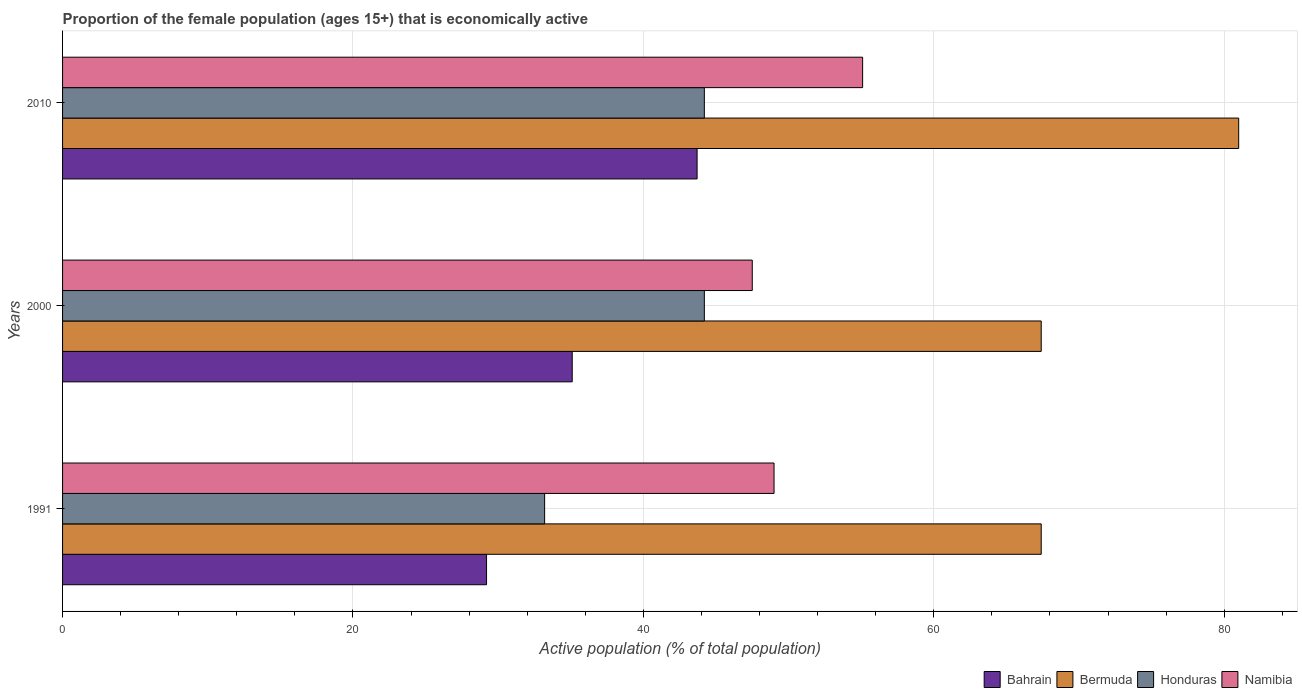
| Years | Bahrain | Bermuda | Honduras | Namibia |
 | --- | --- | --- | --- | --- |
 | 1991 | 29.2 | 67.4 | 33.2 | 49 |
 | 2000 | 35.1 | 67.4 | 44.2 | 47.5 |
 | 2010 | 43.7 | 81 | 44.2 | 55.1 |